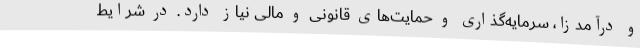
و درآمدزا، سرمایه‌گذاری و حمایت‌های قانونی و مالی نیاز دارد. در شرایط